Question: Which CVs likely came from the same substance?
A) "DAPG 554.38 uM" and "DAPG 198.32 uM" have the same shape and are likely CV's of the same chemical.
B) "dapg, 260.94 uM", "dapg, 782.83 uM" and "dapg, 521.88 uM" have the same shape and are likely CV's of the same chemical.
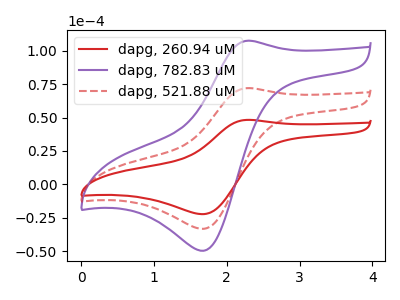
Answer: <think>The red curve "dapg, 260.94 uM" has an anodic peak at (2.30V, 48.30uA) and a cathodic peak at (1.70V, -22.35uA). The purple curve "dapg, 782.83 uM" has an anodic peak at (2.30V, 144.25uA) and a cathodic peak at (1.70V, -66.65uA). The red dashed curve "dapg, 521.88 uM" has an anodic peak at (2.30V, 72.15uA) and a cathodic peak at (1.70V, -33.35uA).
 All the peaks in "dapg, 260.94 uM" have a peak in "dapg, 782.83 uM" at the same potential. Every peak in "dapg, 260.94 uM" is lower than every peak in "dapg, 782.83 uM". All the peaks in "dapg, 260.94 uM" have a peak in "dapg, 521.88 uM" at the same potential. Every peak in "dapg, 260.94 uM" is lower than every peak in "dapg, 521.88 uM". All the peaks in "dapg, 782.83 uM" have a peak in "dapg, 521.88 uM" at the same potential. Every peak in "dapg, 782.83 uM" is higher than every peak in "dapg, 521.88 uM".</think>
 <answer>B) "dapg, 260.94 uM", "dapg, 782.83 uM" and "dapg, 521.88 uM" have the same shape and are likely CV's of the same chemical.</answer>
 <eval>B</eval>